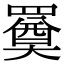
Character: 𦌚